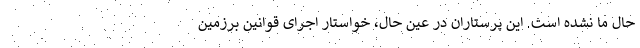
حال ما نشده است. این پرستاران در عین حال، خواستار اجرای قوانین برزمین